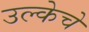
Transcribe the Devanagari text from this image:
उल्केचे